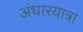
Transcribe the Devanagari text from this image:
अंधारयात्रा